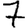
Digit: 7